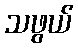
သဖွယ်